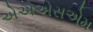
એએએસએમ